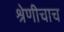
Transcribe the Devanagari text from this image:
श्रेणीचाच